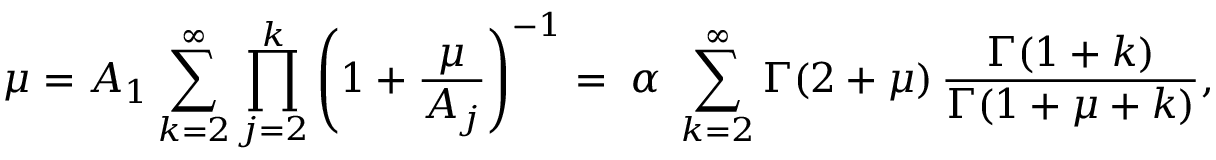
\mu = A _ { 1 } \sum _ { k = 2 } ^ { \infty } \prod _ { j = 2 } ^ { k } \left( 1 + \frac { \mu } { A _ { j } } \right) ^ { - 1 } = \; \alpha \; \sum _ { k = 2 } ^ { \infty } \Gamma ( 2 + \mu ) \, \frac { \Gamma ( 1 + k ) } { \Gamma ( 1 + \mu + k ) } ,